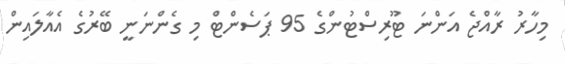
މިހާރު ރާއްޖެ އަންނަ ޓޫރިސްޓުންގެ 95 ޕަސެންޓް މި ގެންނަނީ ބޭރުގެ އެއާލައިން